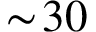
\sim \! 3 0